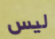
ليس